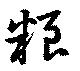
粮